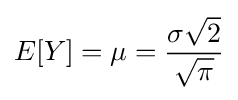
E[Y]=\mu ={\frac {\sigma {\sqrt {2}}}{\sqrt {\pi }}}